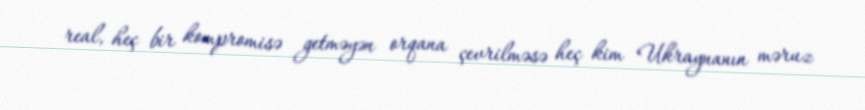
real, heç bir kompromisə getməyən orqana çevrilməsə heç kim Ukraynanın məruz